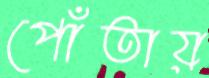
পোঁতায়